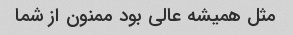
مثل همیشه عالی بود ممنون از شما